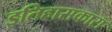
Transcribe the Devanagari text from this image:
इतिहासकारा